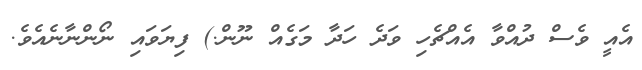
އެއީ ވެސް ދުއްވާ އެއްޗެހި ވަދެ ހަދާ މަގެއް ނޫން.) ފިޔަވައި ނޯންނާނެއެވެ.